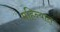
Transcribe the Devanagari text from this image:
महिन्यात्